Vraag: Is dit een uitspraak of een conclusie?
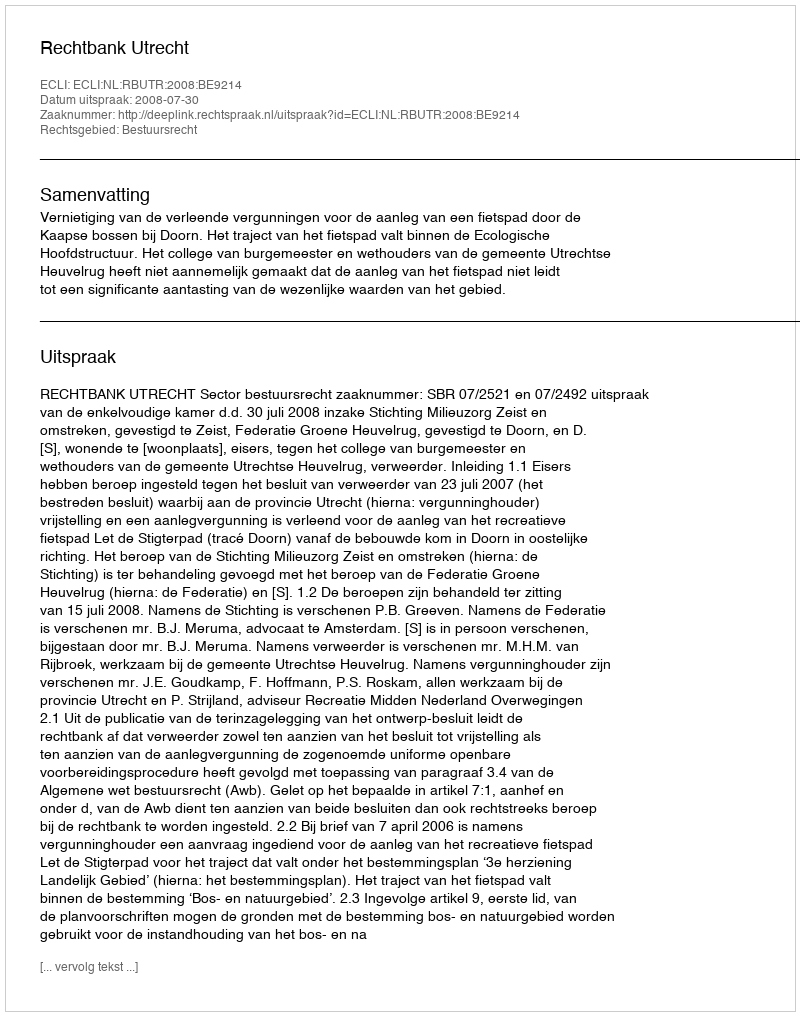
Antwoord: Uitspraak